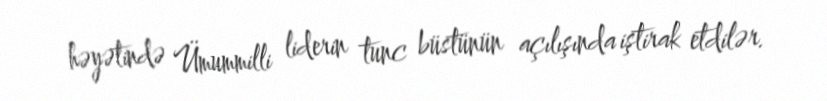
həyətində Ümummilli liderin tunc büstünün açılışında iştirak etdilər.